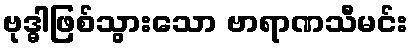
ဗုဒ္ဓါဖြစ်သွားသော ဗာရာဏသီမင်း